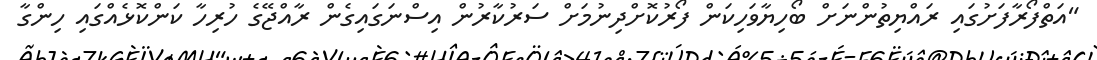
"އަތްފޯރާފަށުގައި ރައްޔިތުންނަށް ބޯހިޔާވަހިކަން ފޯރުކޮށްދިނުމަށް ސަރުކާރުން އިސްނަގައިގެން ރާއްޖޭގެ ހުރިހާ ކަންކޮޅެއްގައި ހިންގާ